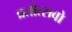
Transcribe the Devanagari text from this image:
व्रतोत्सवो